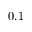
0 . 1